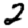
Digit: 2